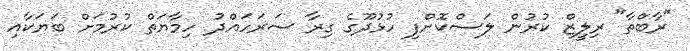
"ރާބްތާ" ރިލީޒް ކުރުން ލަސްކޮށްފި ހުޅުދޫގެ ގިރާ ސަރަހައްދު ހިމާޔަތް ކުރުމަށް ބަޔަކާއި